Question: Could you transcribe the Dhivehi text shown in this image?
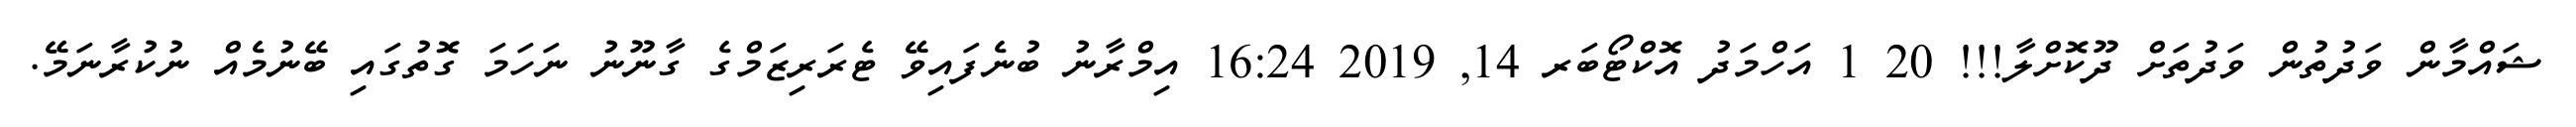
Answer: ޝައްމާން ވަދުތުން ވަދުތަށް ދޫކޮށްލާ!!! 20 1 އަހްމަދު އޮކްޓޯބަރ 14, 2019 16:24 އިމްރާނު ބުނެފައިވޭ ޓެރަރިޒަމްގެ ގާނޫނު ނަހަމަ ގޮތުގައި ބޭނުމެއް ނުކުރާނަމޭ.